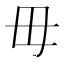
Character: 毋